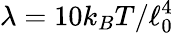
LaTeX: \lambda=10k_{B}T/\ell_{0}^{4}